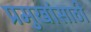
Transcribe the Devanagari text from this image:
प्रमुखांसाठी